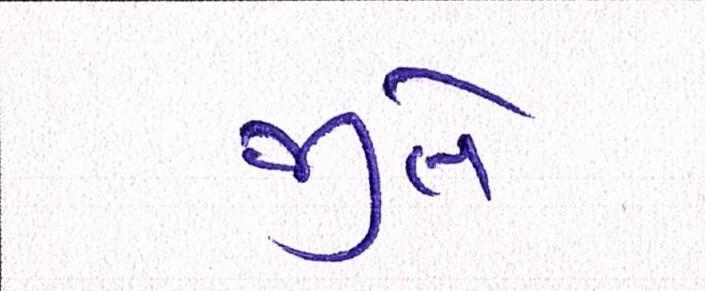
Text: જીતે